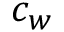
c _ { w }